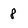
Character: 8